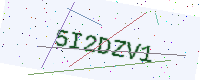
Text: 5I2DZV1